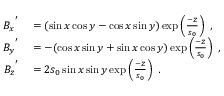
\begin{array} { r l } { { B _ { x } } ^ { ' } } & { { } = ( \sin x \cos y - \cos x \sin y ) \exp \left( \frac { - z } { s _ { 0 } } \right) ~ , } \\ { { B _ { y } } ^ { ' } } & { { } = - ( \cos x \sin y + \sin x \cos y ) \exp \left( \frac { - z } { s _ { 0 } } \right) ~ , } \\ { { B _ { z } } ^ { ' } } & { { } = 2 s _ { 0 } \sin x \sin y \exp \left( \frac { - z } { s _ { 0 } } \right) ~ . } \end{array}